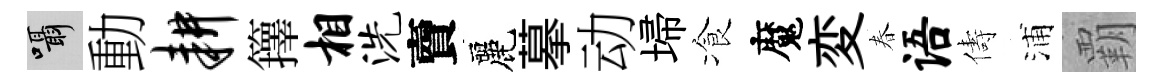
囁動耕籜相洗𧶠麗摹动埽飡魔変春语儔浦覇